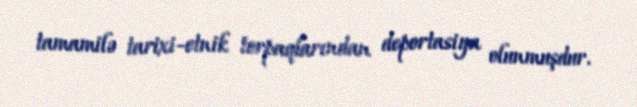
tamamilə tarixi-etnik torpaqlarından deportasiya olunmuşdur.